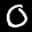
Label: 0